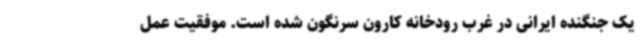
یک جنگنده ایرانی در غرب رودخانه کارون سرنگون شده است. موفقیت عمل